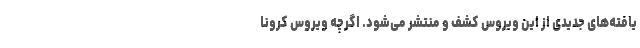
یافته‌های جدیدی از این ویروس کشف و منتشر می‌شود. اگرچه ویروس کرونا